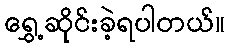
ရွှေ့ဆိုင်းခဲ့ရပါတယ်။